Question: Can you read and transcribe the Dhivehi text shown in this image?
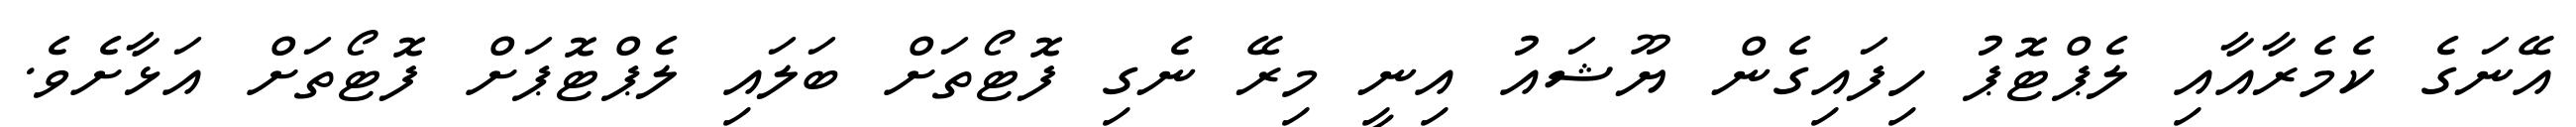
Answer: އޭނަގެ ކެމެރާއާއި ލެޕްޓޮޕު ހިފައިގެން ޔޫޝައު އިނީ މިރޭ ނެގި ފޮޓޯތަށް ބަލައި ލެޕްޓޮޕަށް ފޮޓޯތަށް އަޅާށެވެ.